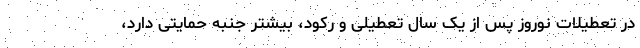
در تعطیلات نوروز پس از یک سال تعطیلی و رکود، بیشتر جنبه حمایتی دارد،